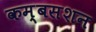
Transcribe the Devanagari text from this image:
कम्बसशन